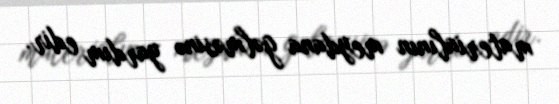
materialının meydana gəlməsinə yardım edir.